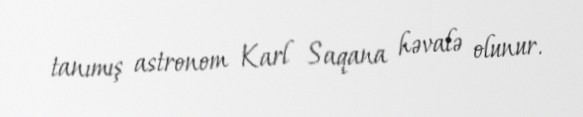
tanımış astronom Karl Saqana həvalə olunur.